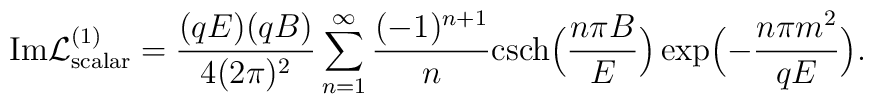
{\rm Im} {\cal L}^{(1)}_{\rm scalar} = \frac{(qE)(qB)}{4 (2 \pi)^2} \sum_{n = 1}^{\infty} \frac{(-1)^{n+1}}{n} {\rm csch} \Bigl( \frac{n \pi B}{E} \Bigr) \exp \Bigl(- \frac{n \pi m^2}{qE} \Bigr).